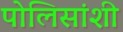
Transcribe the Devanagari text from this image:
पोलिसांशी